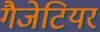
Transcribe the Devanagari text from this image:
गैजेटियर